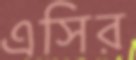
এসির